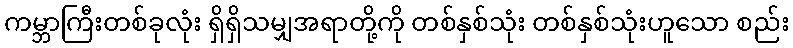
ကမ္ဘာကြီးတစ်ခုလုံး ရှိရှိသမျှအရာတို့ကို တစ်နှစ်သုံး တစ်နှစ်သုံးဟူသော စည်း